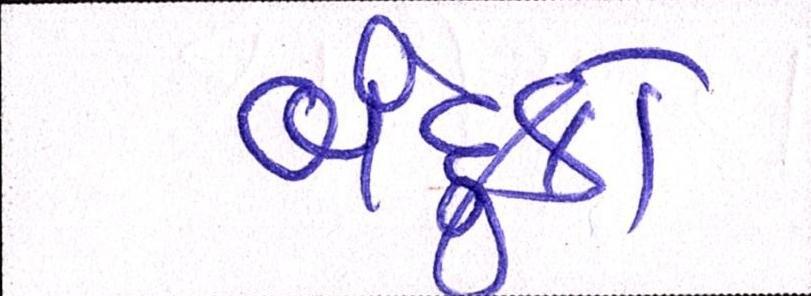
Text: બંદુકો